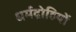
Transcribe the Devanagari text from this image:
धर्मद्रोहियों